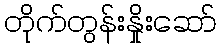
တိုက်တွန်းနှိုးဆော်